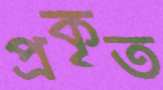
প্রকৃত